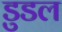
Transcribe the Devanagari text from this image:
डुडल